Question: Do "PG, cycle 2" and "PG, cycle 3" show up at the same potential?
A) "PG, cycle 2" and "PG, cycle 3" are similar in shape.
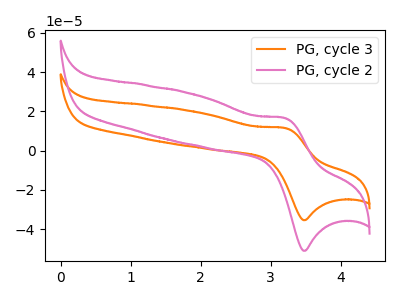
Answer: <think>The orange curve "PG, cycle 3" has an anodic peak at (3.20V, 11.45uA) and a cathodic peak at (3.50V, -35.40uA). The pink curve "PG, cycle 2" has an anodic peak at (3.20V, 16.50uA) and a cathodic peak at (3.50V, -51.00uA).
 All the peaks in "PG, cycle 2" have a peak in "PG, cycle 3" at the same potential. Every peak in "PG, cycle 2" is higher than every peak in "PG, cycle 3".</think>
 <answer>A) "PG, cycle 2" and "PG, cycle 3" are similar in shape.</answer>
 <eval>A</eval>